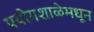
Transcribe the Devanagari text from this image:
प्रयोगशाळेमधून